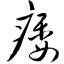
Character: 痿